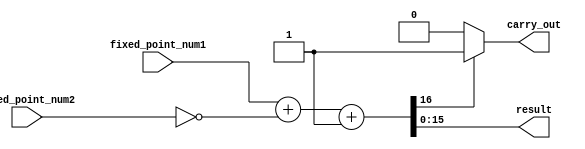
module fixed_point_subtractor (
    input [15:0] fixed_point_num1,
    input [15:0] fixed_point_num2,
    output [15:0] result,
    output carry_out
);

reg [16:0] temp_result;
reg carry_tmp;

always @(*) begin
    temp_result = fixed_point_num1 + (~fixed_point_num2) + 1;
    if (temp_result[16] == 1) begin
        result = temp_result[15:0];
        carry_out = 1;
    end else begin
        result = temp_result[15:0];
        carry_out = 0;
    end
end

endmodule